Vaccination North-Western Provinces and Oudh 1878-1895 - 1878-1895
Year: 1878
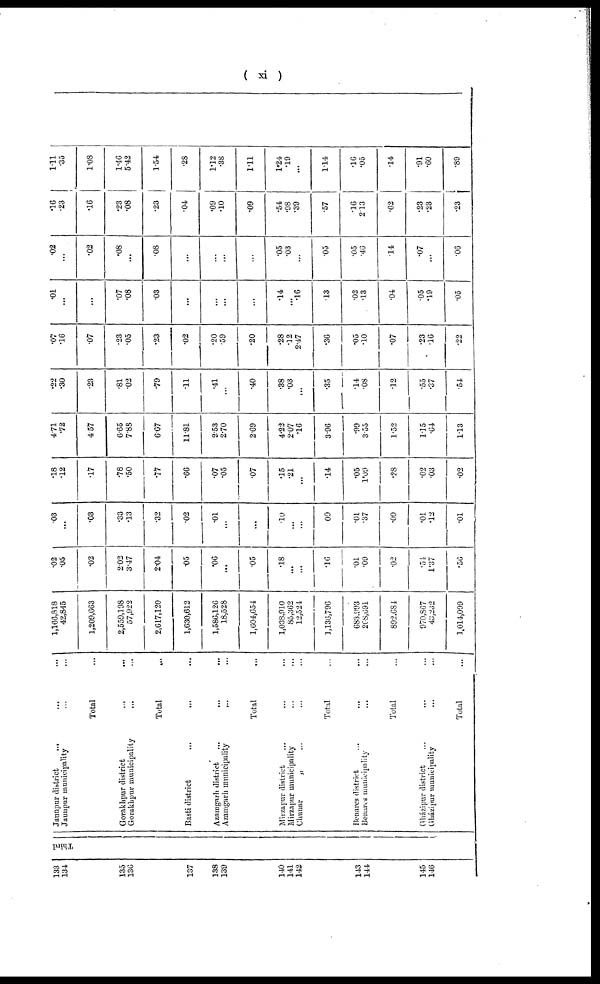
( xi )
133
134
135
136
137
138
139
140
141
142
143
144
145
146
Third
Jaunpur district
...
...
...
Jaunpur municipality ... ... ...
Total ...
Gorakhpur district ... ... ...
Gorakhpur municipality ... ... ...
Total ...
Basti district
...
...
...
Azamgarh district ... ... ...
Azamgarh municipality ... ... ...
Total ...
Mirzapur district ... ... ...
Mirzapur municipality ... ... ...
Chunar
„ ... ... ... ...
Total ...
Benares district ... ... ...
Benares municipality ... ... ...
Total ...
Gházipur district ... ... ...
Gházipur municipality ... ... ...
Total ...
1,166,818
42,845
1,209,663
2,559,198
57,922
2,617,120
1,630,612
1,586,126
18,528
1,604,654
1,038,910
85,362
12,524
1,136,796
683,993
268,691
892,684
970,867
43,232
1,014,099
.02
.05
.02
2.02
3.47
2.04
.05
.06
...
.05
.18
...
...
.16
.01
.09
.02
.54
1.37
.56
.03
...
.03
.33
.13
.32
.02
.01
...
...
.10
...
...
.09
.01
.37
.09
.01
.12
.01
.18
.12
.17
.78
.50
.77
.66
.07
.05
.07
.15
.21
...
.14
.05
1.09
.28
.02
.03
.02
4.71
.72
4.57
6.65
7.88
6.67
11.81
2.53
2.70
2.69
4.22
2.07
.16
3.96
.99
3.55
1.52
1.15
.64
1.13
.22
.30
.23
.81
.02
.79
.11
.41
...
.40
.38
.03
...
.35
.14
.08
.12
.55
.37
.54
.07
.16
.07
.23
.05
.23
.02
.20
.59
.20
.28
.12
2.47
.36
.05
.10
.07
.23
.16
.22
.01
...
...
.07
.08
.03
...
...
...
...
.14
...
.16
.13
.02
.13
.04
.05
.19
.05
.02
...
.02
.08
...
.08
...
...
...
...
.05
.03
...
.05
.05
.46
.14
.07
...
.06
.16
.23
.16
.23
.08
.23
.04
.09
.10
.09
.54
.98
.39
.57
.16
2.13
.62
.23
.23
.23
1.11
.35
1.08
1.46
5.42
1.54
.28
1.12
.38
1.11
1.24
.19
...
1.14
.16
.05
.14
.91
.60
.89